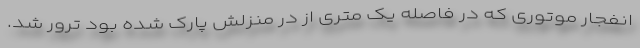
انفجار موتوری که در فاصله یک متری از در منزلش پارک شده بود ترور شد.